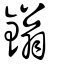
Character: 鎓